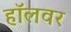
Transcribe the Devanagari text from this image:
हॉलवर